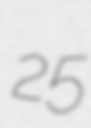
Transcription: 25